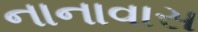
નાનાવાસ